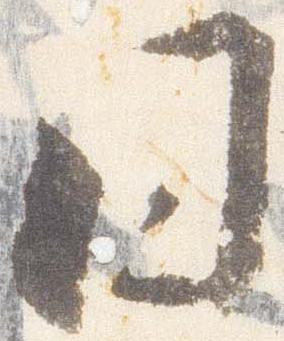
日